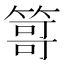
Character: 𥰯